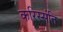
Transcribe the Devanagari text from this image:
करिस्संति